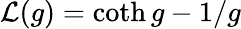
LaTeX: \mathcal{L}(g)=\coth g-1/g